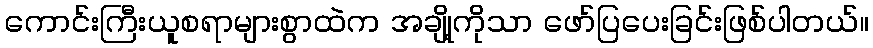
ကောင်းကြီးယူစရာများစွာထဲက အချို့ကိုသာ ဖော်ပြပေးခြင်းဖြစ်ပါတယ်။